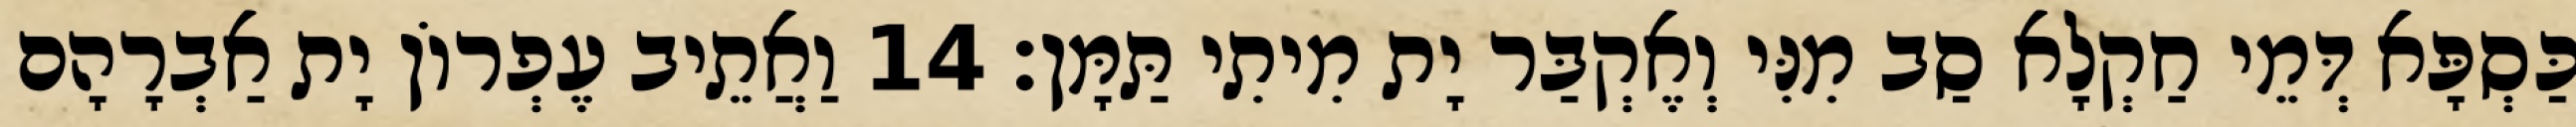
כַּסְפָּא דְּמֵי חַקְלָא סַב מִנִּי וְאֶקְבַּר יָת מִיתִי תַּמָּן׃ 14 וַאֲתֵיב עֶפְרוֹן יָת אַבְרָהָם